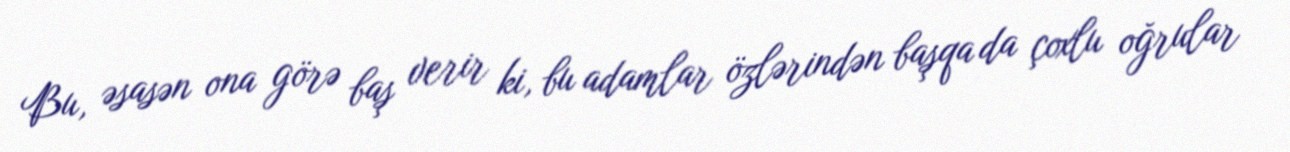
Bu, əsasən ona görə baş verir ki, bu adamlar özlərindən başqa da çoxlu oğrular